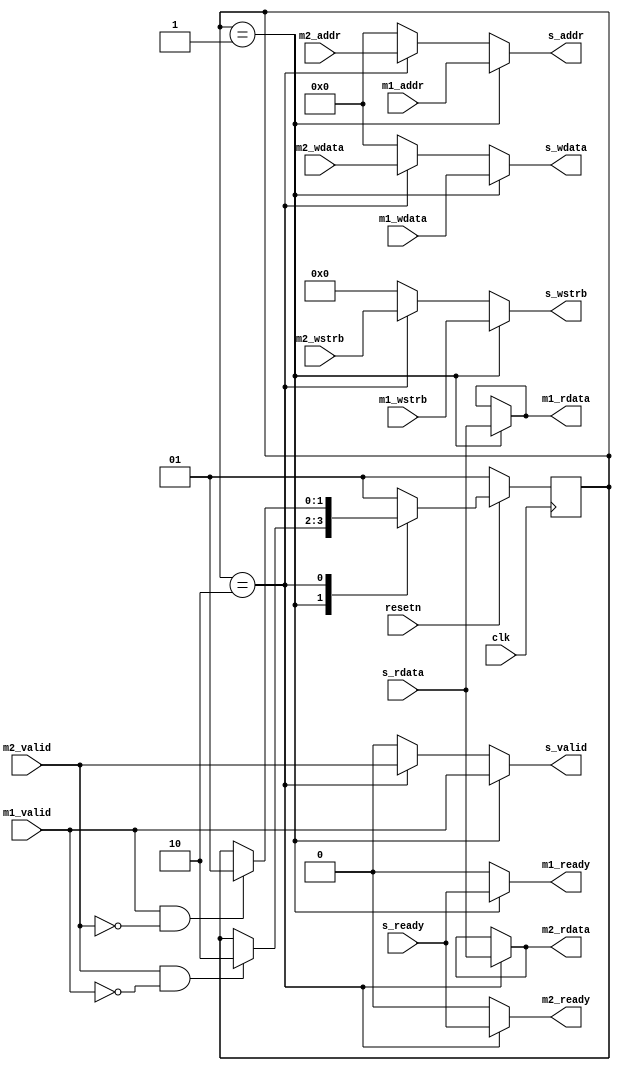
module bus2to1(
    input clk,
    input resetn,

    input         m1_valid,
    output        m1_ready,
    input  [31:0] m1_addr,
    output [31:0] m1_rdata,
    input  [31:0] m1_wdata,
    input  [ 3:0] m1_wstrb,

    input         m2_valid,
    output        m2_ready,
    input  [31:0] m2_addr,
    output [31:0] m2_rdata,
    input  [31:0] m2_wdata,
    input  [ 3:0] m2_wstrb,

    output        s_valid,
    input         s_ready,
    output [31:0] s_addr,
    input  [31:0] s_rdata,
    output [31:0] s_wdata,
    output [ 3:0] s_wstrb
);

reg [1:0] state;

always @ (negedge clk) begin
    if (resetn == 1'b0) begin
        state <= 2'b01;
    end else begin
        case (state)
            2'b01: begin
                if (m2_valid & (~m1_valid)) begin
                    state <= 2'b10;
                end
            end
            2'b10: begin
                if (m1_valid & (~m2_valid)) begin
                    state <= 2'b01;
                end
            end
            default: begin 
                state <= 2'b01;
            end
        endcase
        
    end
end

assign rs_qm1 = state == 2'b01;
assign rs_qm2 = state == 2'b10;

assign m1_ready = rs_qm1 ? s_ready : 1'b0;
assign m2_ready = rs_qm2 ? s_ready : 1'b0;
assign s_addr   = rs_qm1 ? m1_addr :
                  rs_qm2 ? m2_addr : 32'h0;
assign m1_rdata = rs_qm1 ? s_rdata : m1_rdata;
assign m2_rdata = rs_qm2 ? s_rdata : m2_rdata;
assign s_wdata  = rs_qm1 ? m1_wdata :
                  rs_qm2 ? m2_wdata : 32'h0;
assign s_wstrb  = rs_qm1 ? m1_wstrb : 
                  rs_qm2 ? m2_wstrb : 4'h0;
assign s_valid  = rs_qm1 ? m1_valid :
                  rs_qm2 ? m2_valid : 1'b0;


endmodule